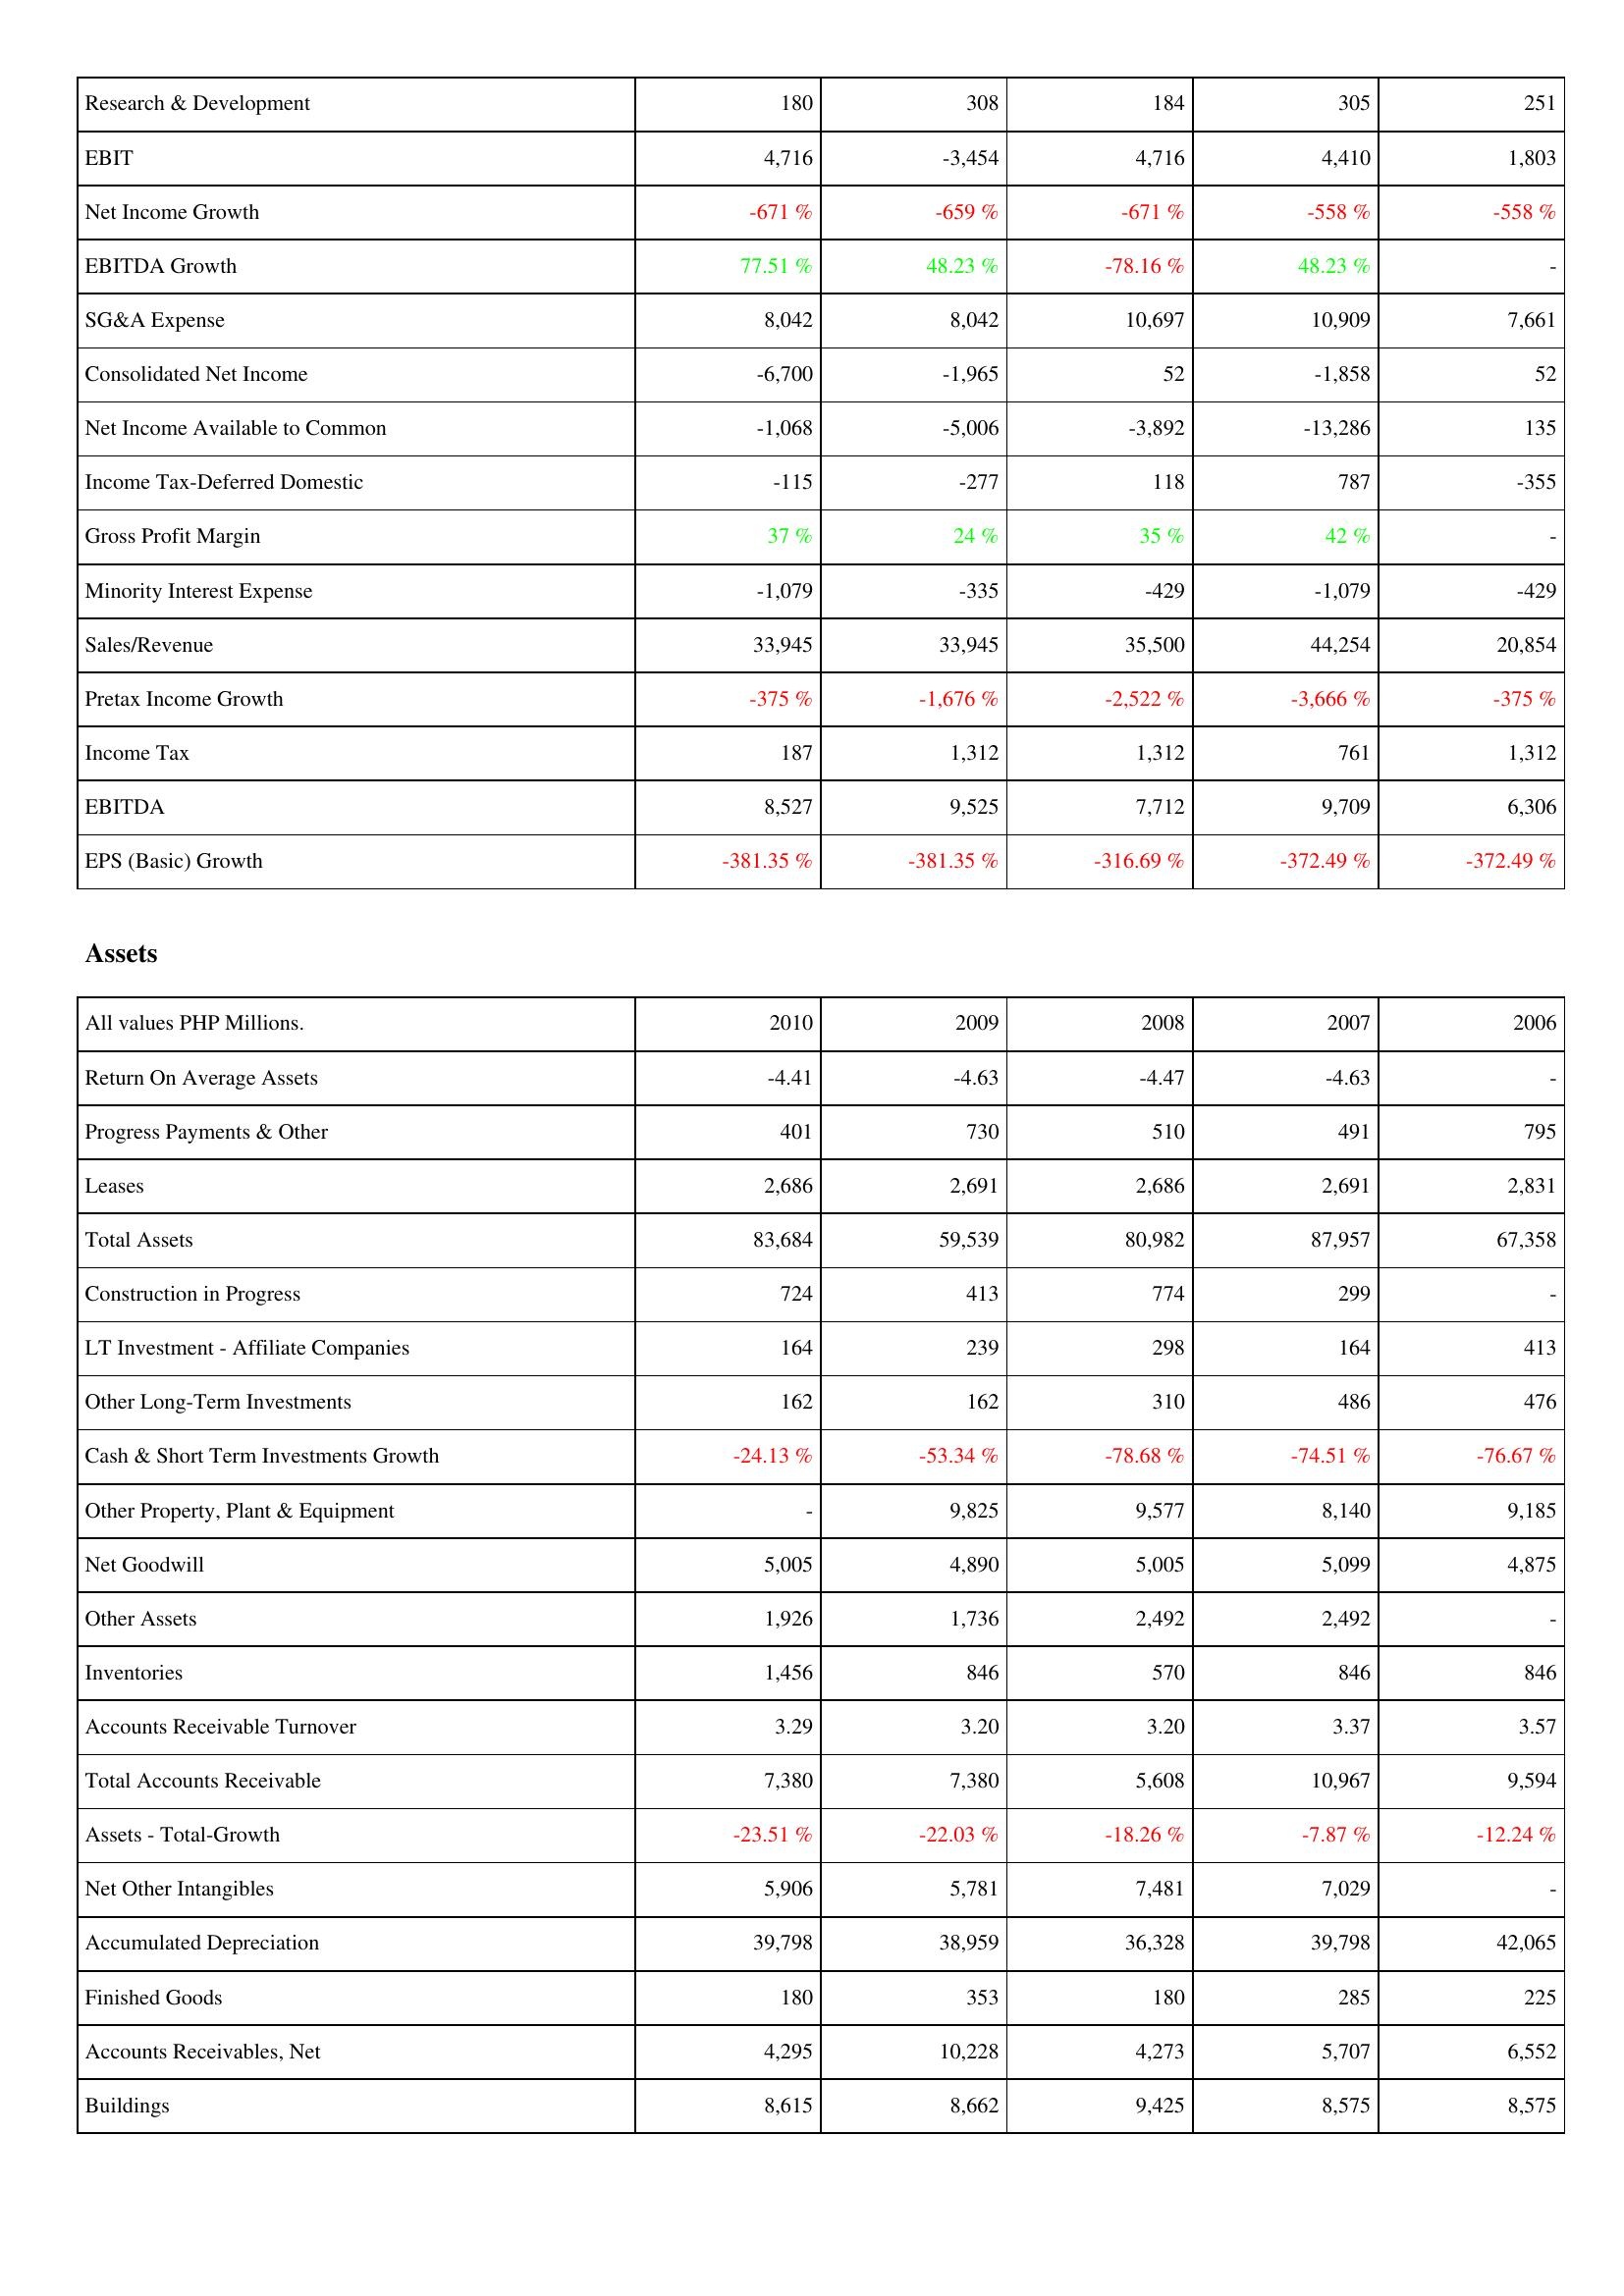
2010: Income Statement: Research & Development: 180
EBIT: 4,716
Net Income Growth: -671 %
EBITDA Growth: 77.51 %
SG&A Expense: 8,042
Consolidated Net Income: -6,700
Net Income Available to Common: -1,068
Income Tax-Deferred Domestic: -115
Gross Profit Margin: 37 %
Minority Interest Expense: -1,079
Sales/Revenue: 33,945
Pretax Income Growth: -375 %
Income Tax: 187
EBITDA: 8,527
EPS (Basic) Growth: -381.35 %
Assets: Return On Average Assets: -4.41
Progress Payments & Other: 401
Leases: 2,686
Total Assets: 83,684
Construction in Progress: 724
LT Investment - Affiliate Companies: 164
Other Long-Term Investments: 162
Cash & Short Term Investments Growth: -24.13 %
Other Property, Plant & Equipment: -
Net Goodwill: 5,005
Other Assets: 1,926
Inventories: 1,456
Accounts Receivable Turnover: 3.29
Total Accounts Receivable: 7,380
Assets - Total-Growth: -23.51 %
Net Other Intangibles: 5,906
Accumulated Depreciation: 39,798
Finished Goods: 180
Accounts Receivables, Net: 4,295
Buildings: 8,615
2009: Income Statement: Research & Development: 308
EBIT: -3,454
Net Income Growth: -659 %
EBITDA Growth: 48.23 %
SG&A Expense: 8,042
Consolidated Net Income: -1,965
Net Income Available to Common: -5,006
Income Tax-Deferred Domestic: -277
Gross Profit Margin: 24 %
Minority Interest Expense: -335
Sales/Revenue: 33,945
Pretax Income Growth: -1,676 %
Income Tax: 1,312
EBITDA: 9,525
EPS (Basic) Growth: -381.35 %
Assets: Return On Average Assets: -4.63
Progress Payments & Other: 730
Leases: 2,691
Total Assets: 59,539
Construction in Progress: 413
LT Investment - Affiliate Companies: 239
Other Long-Term Investments: 162
Cash & Short Term Investments Growth: -53.34 %
Other Property, Plant & Equipment: 9,825
Net Goodwill: 4,890
Other Assets: 1,736
Inventories: 846
Accounts Receivable Turnover: 3.20
Total Accounts Receivable: 7,380
Assets - Total-Growth: -22.03 %
Net Other Intangibles: 5,781
Accumulated Depreciation: 38,959
Finished Goods: 353
Accounts Receivables, Net: 10,228
Buildings: 8,662
2008: Income Statement: Research & Development: 184
EBIT: 4,716
Net Income Growth: -671 %
EBITDA Growth: -78.16 %
SG&A Expense: 10,697
Consolidated Net Income: 52
Net Income Available to Common: -3,892
Income Tax-Deferred Domestic: 118
Gross Profit Margin: 35 %
Minority Interest Expense: -429
Sales/Revenue: 35,500
Pretax Income Growth: -2,522 %
Income Tax: 1,312
EBITDA: 7,712
EPS (Basic) Growth: -316.69 %
Assets: Return On Average Assets: -4.47
Progress Payments & Other: 510
Leases: 2,686
Total Assets: 80,982
Construction in Progress: 774
LT Investment - Affiliate Companies: 298
Other Long-Term Investments: 310
Cash & Short Term Investments Growth: -78.68 %
Other Property, Plant & Equipment: 9,577
Net Goodwill: 5,005
Other Assets: 2,492
Inventories: 570
Accounts Receivable Turnover: 3.20
Total Accounts Receivable: 5,608
Assets - Total-Growth: -18.26 %
Net Other Intangibles: 7,481
Accumulated Depreciation: 36,328
Finished Goods: 180
Accounts Receivables, Net: 4,273
Buildings: 9,425
2007: Income Statement: Research & Development: 305
EBIT: 4,410
Net Income Growth: -558 %
EBITDA Growth: 48.23 %
SG&A Expense: 10,909
Consolidated Net Income: -1,858
Net Income Available to Common: -13,286
Income Tax-Deferred Domestic: 787
Gross Profit Margin: 42 %
Minority Interest Expense: -1,079
Sales/Revenue: 44,254
Pretax Income Growth: -3,666 %
Income Tax: 761
EBITDA: 9,709
EPS (Basic) Growth: -372.49 %
Assets: Return On Average Assets: -4.63
Progress Payments & Other: 491
Leases: 2,691
Total Assets: 87,957
Construction in Progress: 299
LT Investment - Affiliate Companies: 164
Other Long-Term Investments: 486
Cash & Short Term Investments Growth: -74.51 %
Other Property, Plant & Equipment: 8,140
Net Goodwill: 5,099
Other Assets: 2,492
Inventories: 846
Accounts Receivable Turnover: 3.37
Total Accounts Receivable: 10,967
Assets - Total-Growth: -7.87 %
Net Other Intangibles: 7,029
Accumulated Depreciation: 39,798
Finished Goods: 285
Accounts Receivables, Net: 5,707
Buildings: 8,575
2006: Income Statement: Research & Development: 251
EBIT: 1,803
Net Income Growth: -558 %
EBITDA Growth: -
SG&A Expense: 7,661
Consolidated Net Income: 52
Net Income Available to Common: 135
Income Tax-Deferred Domestic: -355
Gross Profit Margin: -
Minority Interest Expense: -429
Sales/Revenue: 20,854
Pretax Income Growth: -375 %
Income Tax: 1,312
EBITDA: 6,306
EPS (Basic) Growth: -372.49 %
Assets: Return On Average Assets: -
Progress Payments & Other: 795
Leases: 2,831
Total Assets: 67,358
Construction in Progress: -
LT Investment - Affiliate Companies: 413
Other Long-Term Investments: 476
Cash & Short Term Investments Growth: -76.67 %
Other Property, Plant & Equipment: 9,185
Net Goodwill: 4,875
Other Assets: -
Inventories: 846
Accounts Receivable Turnover: 3.57
Total Accounts Receivable: 9,594
Assets - Total-Growth: -12.24 %
Net Other Intangibles: -
Accumulated Depreciation: 42,065
Finished Goods: 225
Accounts Receivables, Net: 6,552
Buildings: 8,575